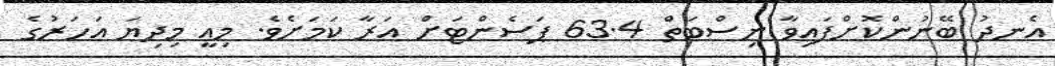
އެނދު ބޭނުންކޮށްފައިވާ ނިސްބަތް 63.4 ޕަސެންޓަށް އަރާ ކަމަށެވެ. މިއީ މިދިޔަ އަހަރުގެ